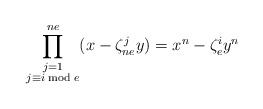
\begin{align*} \prod^{ne}_{\substack{j=1\\ j\equiv i \bmod e}}(x-\zeta^j_{ne}y)= x^n-\zeta^i_ey^n\end{align*}